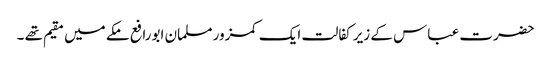
حضرت عباس کے زیر کفالت ایک کمزور مسلمان ابورافع مکے میں مقیم تھے ۔